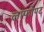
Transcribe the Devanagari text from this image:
लाफोण्ट